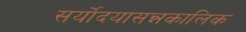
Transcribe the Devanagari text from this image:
सर्योदयासन्नकालिक